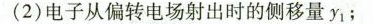
(2)电子从偏转电场射出时的侧移量y_{1}；